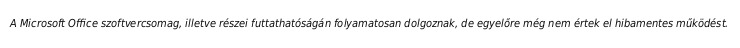
A Microsoft Office szoftvercsomag, illetve részei futtathatóságán folyamatosan dolgoznak, de egyelőre még nem értek el hibamentes működést.